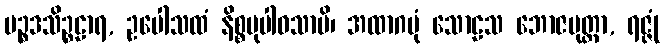
ပဉ္စဒသိဉ္စဠာရ, ဥပေါသထံ နိစ္စမုပါဝသာမိ၊ အထာဂမုံ သောဠသ ဘောဇပုတ္တာ, ရဇ္ဇုံ